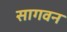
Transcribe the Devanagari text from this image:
सागवन